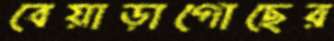
বেয়াড়াগোছের